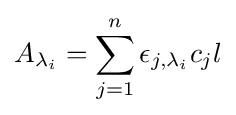
A_{\lambda _{i}}=\sum _{j=1}^{n}\epsilon _{j,\lambda _{i}}c_{j}l